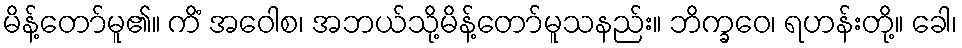
မိန့်တော်မူ၏။ ကိံ အဝေါစ၊ အဘယ်သို့မိန့်တော်မူသနည်း။ ဘိက္ခဝေ၊ ရဟန်းတို့။ ခေါ၊